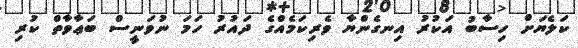
ކަލެޔަށް ހިސާބު އަކުރު އިނގެންޔާ ވެރިކަމެއްގެ ދައުރު ހަމަ ނުވަނީސް ބަޢާވާތް ކުރި